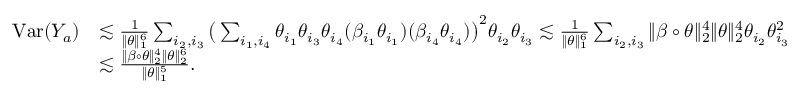
\begin{array} { r l } { \mathrm { V a r } ( Y _ { a } ) } & { \lesssim \frac { 1 } { \| \theta \| _ { 1 } ^ { 6 } } \sum _ { i _ { 2 } , i _ { 3 } } \big ( \sum _ { i _ { 1 } , i _ { 4 } } \theta _ { i _ { 1 } } \theta _ { i _ { 3 } } \theta _ { i _ { 4 } } ( \beta _ { i _ { 1 } } \theta _ { i _ { 1 } } ) ( \beta _ { i _ { 4 } } \theta _ { i _ { 4 } } ) \big ) ^ { 2 } \theta _ { i _ { 2 } } \theta _ { i _ { 3 } } \lesssim \frac { 1 } { \| \theta \| _ { 1 } ^ { 6 } } \sum _ { i _ { 2 } , i _ { 3 } } \| \beta \circ \theta \| _ { 2 } ^ { 4 } \| \theta \| _ { 2 } ^ { 4 } \theta _ { i _ { 2 } } \theta _ { i _ { 3 } } ^ { 2 } } \\ & { \lesssim \frac { \| \beta \circ \theta \| _ { 2 } ^ { 4 } \| \theta \| _ { 2 } ^ { 6 } } { \| \theta \| _ { 1 } ^ { 5 } } . } \end{array}